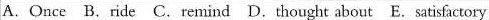
A.once B.ride C.remind D.thought about E. satisfactory